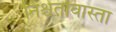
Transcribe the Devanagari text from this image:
निश्चेतावास्ता